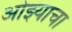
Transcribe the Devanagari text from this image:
ओझ्याचा